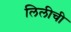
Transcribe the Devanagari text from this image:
लिलीची